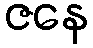
ဇနေ